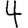
Digit: 4